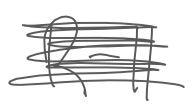
Text: R-11
Cross-out: scratch
Writing tool: digital_gray